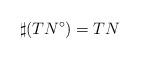
LaTeX: \begin{align*} \sharp (TN^{\circ})=TN\end{align*}